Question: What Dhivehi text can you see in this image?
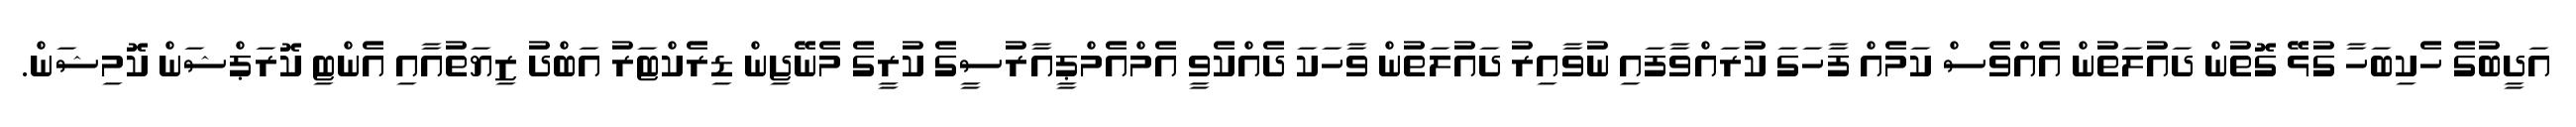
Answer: އަދީބުގެ ހެކިބަހާ ގުޅޭ ގޮތުން ދައުލަތުން އެއްވެސް ކަމެއް ފާހަގަ ކުރައްވާފައި ނުވާއިރު ދައުލަތުން ވާހަކަ ދެއްކެވީ އެމްއެމްޕީއާރުސީގެ ކުރީގެ މެނޭޖިން ޑިރެކްޓަރު އަބްދު ޒިޔަތުއާއި އެންޓި ކޮރަޕްޝަން ކޮމިޝަން.